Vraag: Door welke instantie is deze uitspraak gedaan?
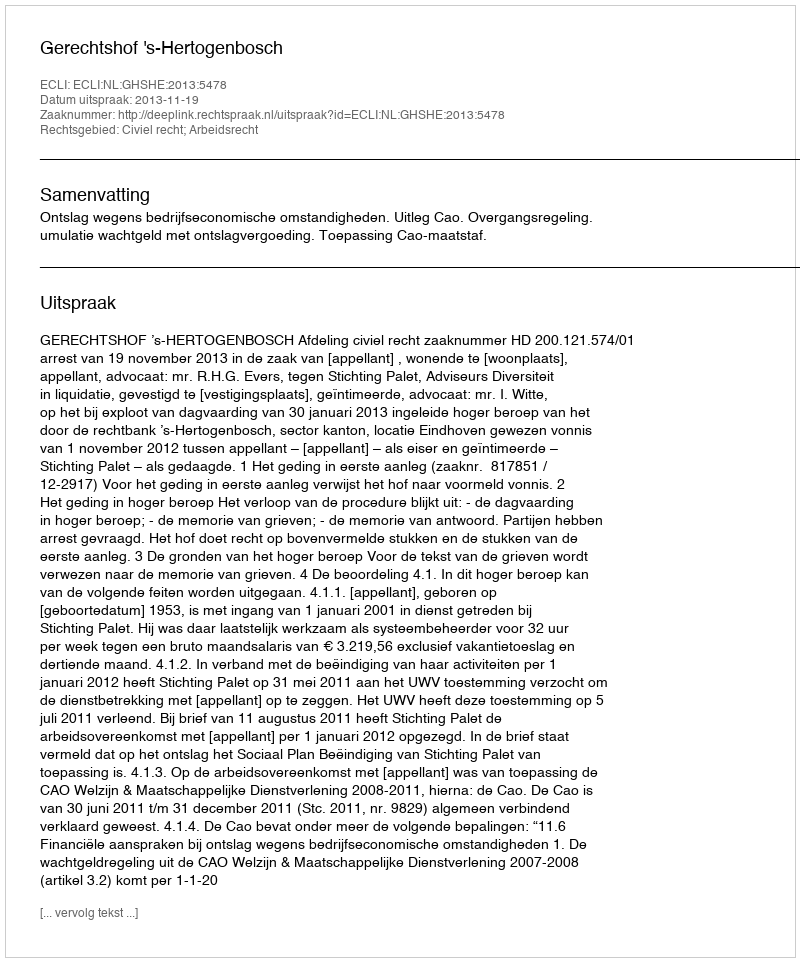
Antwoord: Gerechtshof 's-Hertogenbosch